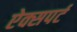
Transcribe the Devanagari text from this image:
ऐक्सपर्ट